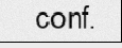
conf.